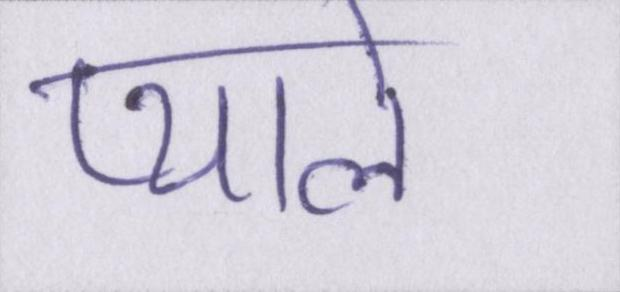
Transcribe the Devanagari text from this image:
प्याले